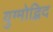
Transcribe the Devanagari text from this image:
युग्मोद्भिद